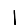
Digit: 1